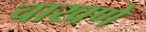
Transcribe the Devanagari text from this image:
चाखणे